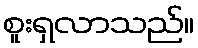
စူးရှလာသည်။